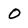
Character: O